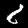
Digit: 8